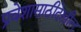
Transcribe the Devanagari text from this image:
प्रवेशासाठीदेखील